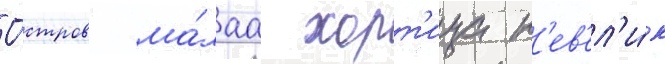
О́стров ма́лаа хорт'ица н'ев'ел'и́к